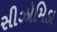
સીઝોમિડા